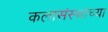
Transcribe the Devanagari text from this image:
कलासंस्थांच्या